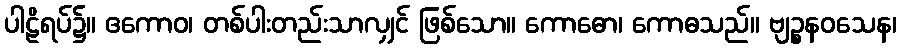
ပါဠိရပ်၌။ ဧကောဝ၊ တစ်ပါးတည်းသာလျှင် ဖြစ်သော။ ကောဓော၊ ကောဓသည်။ ဗျဉ္စနဝသေန၊